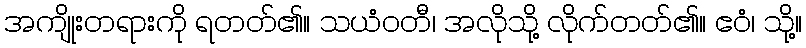
အကျိုးတရားကို ရတတ်၏။ သယံဝတီ၊ အလိုသို့ လိုက်တတ်၏။ ဧဝံ၊ သို့။